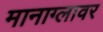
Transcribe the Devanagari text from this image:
मानाग्लावर